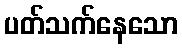
ပတ်သက်နေသော